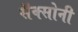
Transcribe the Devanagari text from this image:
सॅक्सोनी